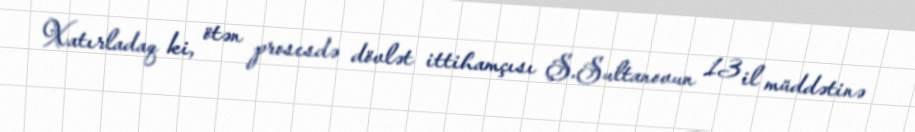
Xatırladaq ki, ötən prosesdə dövlət ittihamçısı Ş.Sultanovun 13 il müddətinə